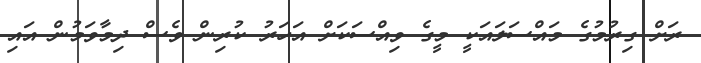
ރަށް ގިރުމުގެ މައްސަލައަކީ މީގެ ވިއްސަކަށް އަހަރު ކުރިން ވެސް ދިމާވަމުން އައި